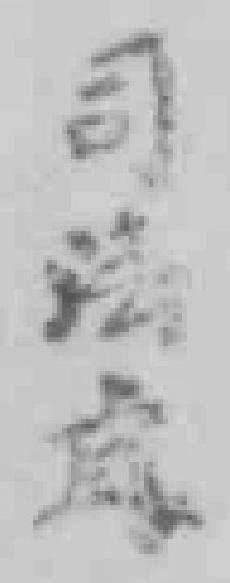
司法處